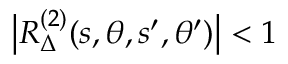
\big | R _ { \Delta } ^ { ( 2 ) } ( s , \theta , s ^ { \prime } , \theta ^ { \prime } ) \big | < 1